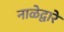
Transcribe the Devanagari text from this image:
नाळेद्वारे